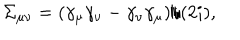
\Sigma _ { \mu \nu } = ( \gamma _ { \mu } \gamma _ { \nu } - \gamma _ { \nu } \gamma _ { \mu } ) / ( 2 i ) ,